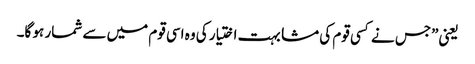
یعنی”جس نے کسی قوم کی مشابہت اختیار کی وہ اسی قوم میں سے شمار ہو گا۔